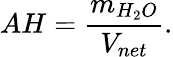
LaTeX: AH={\frac{m_{H_{2}O}}{V_{net}}}.